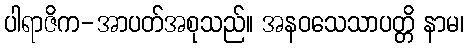
ပါရာဇိက-အာပတ်အစုသည်။ အနဝသေသာပတ္တိ နာမ၊